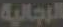
الرجالية